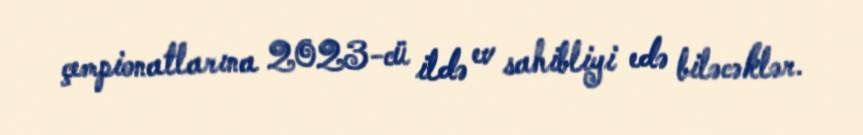
çempionatlarına 2023-cü ildə ev sahibliyi edə biləcəklər.